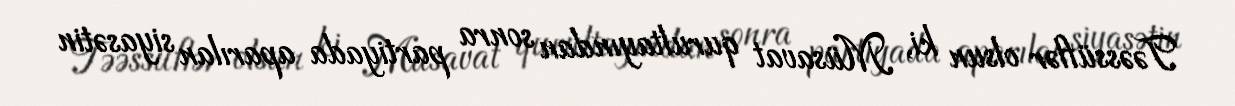
Təəssüflər olsun ki, Müsavat qurultayından sonra partiyada aparılan siyasətin